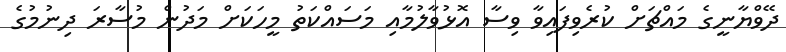
ދޭވްޔާނީގެ މައްޗަށް ކުރެވިފައިވާ ވިސާ އޮޅުވާލުމާއި މަސައްކަތު މީހަކަށް މަދުން މުސާރަ ދިނުމުގެ